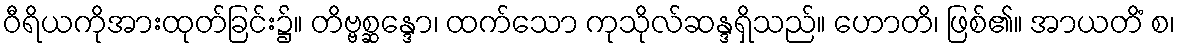
ဝီရိယကိုအားထုတ်ခြင်း၌။ တိဗ္ဗစ္ဆန္ဒော၊ ထက်သော ကုသိုလ်ဆန္ဒရှိသည်။ ဟောတိ၊ ဖြစ်၏။ အာယတိံ စ၊